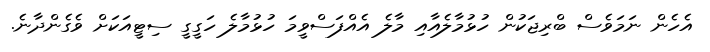
އެހެން ނަމަވެސް ބްރިޖަކުން ހުޅުމާލެއާއި މާލެ އެއްފަސްވީމަ ހުޅުމާލެ ހަގީގީ ސިޓީއަކަށް ވެގެންދާނެ.